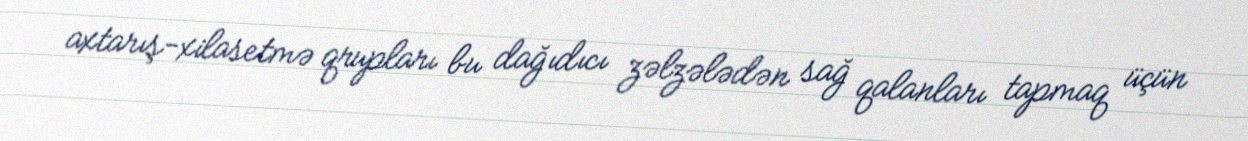
axtarış-xilasetmə qrupları bu dağıdıcı zəlzələdən sağ qalanları tapmaq üçün